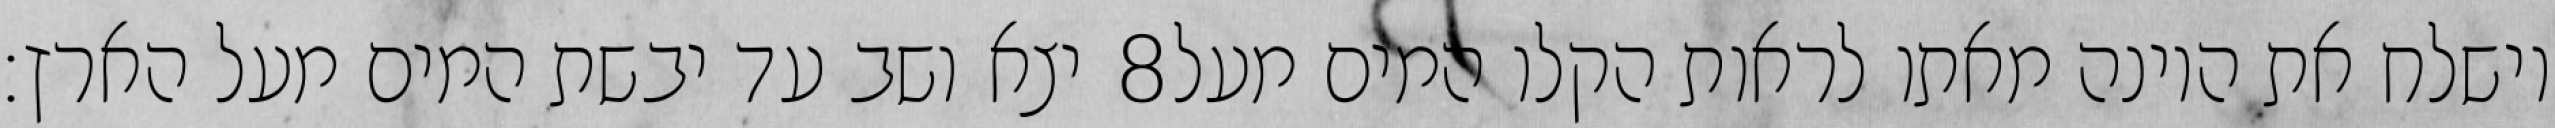
יצא ושב עד יבשת המים מעל הארץ׃ ‎8‏ וישלח את היונה מאתו לראות הקלו המים מעל